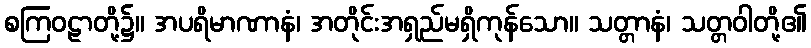
စကြဝဠာတို့၌။ အပရိမာဏာနံ၊ အတိုင်းအရှည်မရှိကုန်သော။ သတ္တာနံ၊ သတ္တဝါတို့၏